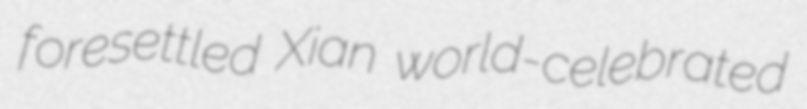
foresettled Xian world-celebrated